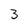
Character: 3